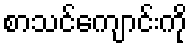
စာသင်ကျောင်းကို